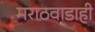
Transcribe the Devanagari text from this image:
मराठवाडाही